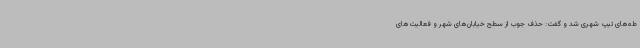
طه‌های تیپ شهری شد و گفت: حذف جوب از سطح خیابان‌های شهر و فعالیت‌های